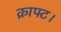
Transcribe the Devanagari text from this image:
क्राफ्ट।